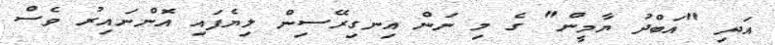
އަދި "އަބްދު ޔާމީން" ގެ މި ނަން އިނގިރޭސިން ލިޔެފައި އޮންނައިރު ވެސް